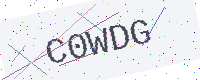
Text: C0WDG